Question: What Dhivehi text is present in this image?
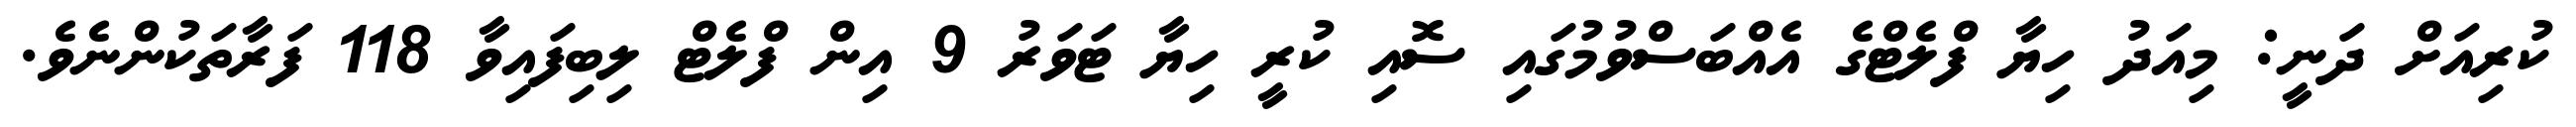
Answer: ކުރިއަށް ދަނީ: މިއަދު ހިޔާ ފްލެޓްގެ އެއްބަސްވުމުގައި ސޮއި ކުރީ ހިޔާ ޓަވަރު 9 އިން ފްލެޓް ލިބިފައިވާ 118 ފަރާތަކުންނެވެ.